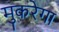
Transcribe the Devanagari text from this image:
मुकरेगा